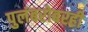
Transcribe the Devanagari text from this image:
पुलंबरोबरही